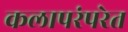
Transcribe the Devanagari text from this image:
कलापरंपरेत